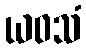
ယဝသံ